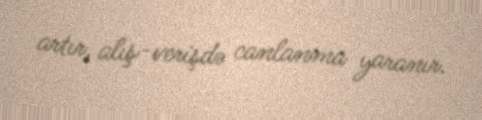
artır, alış-verişdə canlanma yaranır.